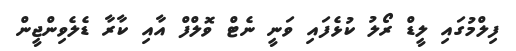
ފިލްމުގައި ލީޑް ރޯލު ކުޅެފައި ވަނީ ނެޓް ވޮލްފް އާއި ކާރާ ޑެލެވިންޖީން